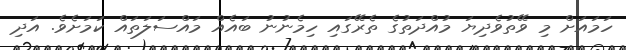
ހަމައަށް މި ވޭތުވެދިޔަ މުއްދަތުގެ ތެރޭގައި ހިމެނުނު ބައެއް މައްސަލަތައް ކަމަށެވެ. އަދި